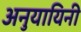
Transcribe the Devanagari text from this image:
अनुयायिनी